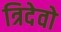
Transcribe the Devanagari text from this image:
त्रिदेवो